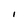
Character: i